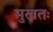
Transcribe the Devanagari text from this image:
मुखतः